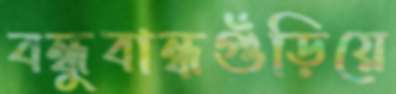
বন্ধুবান্ধগুঁড়িয়ে